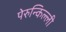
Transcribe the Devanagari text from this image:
पेरुन्किल्ली